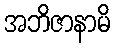
အဘိဇာနာမိ